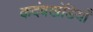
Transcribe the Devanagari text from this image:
कदंबखंडियाँ